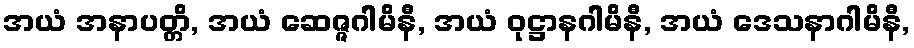
အယံ အနာပတ္တိ, အယံ ဆေဇ္ဇဂါမိနီ, အယံ ဝုဋ္ဌာနဂါမိနီ, အယံ ဒေသနာဂါမိနီ,